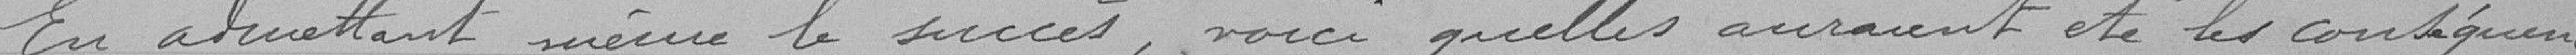
En admettant même le succès, voici quelles auraient été les conséquences